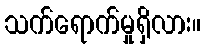
သက်ရောက်မှုရှိလား။